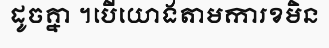
ដូចគ្នា ។បើយោងតាមការខមិន